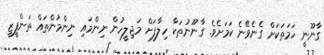
ގާނޫނީ ހަމަތަކަށް ގެނެވޭނެ ކަމަށެވެ. ގާނޫނުތަކާ ހިލާފަށް މަޖިލީހުން ނިންމައި ނިންމުންތައް ތަންފީޒީ